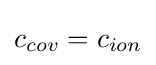
c_{cov}=c_{ion}